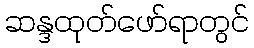
ဆန္ဒထုတ်ဖော်ရာတွင်